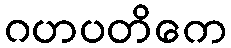
ဂဟပတိကေ